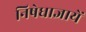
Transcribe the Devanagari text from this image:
निषेधाज्ञायें